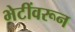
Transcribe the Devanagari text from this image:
भेटींवरून